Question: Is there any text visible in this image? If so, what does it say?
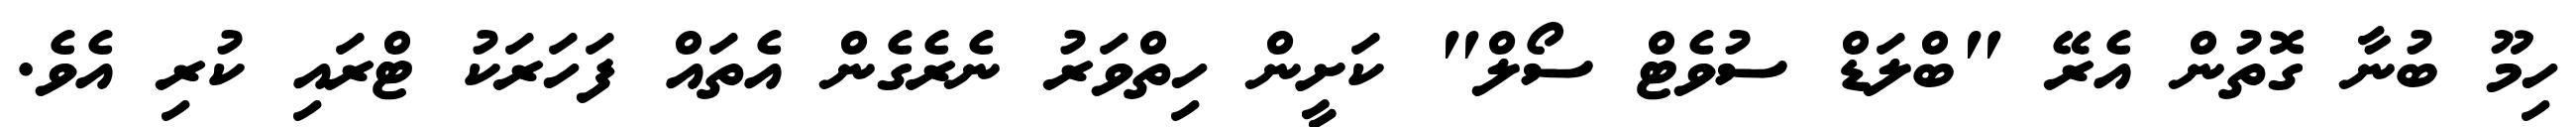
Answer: ހިމޫ ބުނާ ގޮތުން އެރޭ "ބްލަޑް ސުވެޓް ސޯލް" ކަށީން ހިތްވަރު ނެރެގެން އެތައް ފަހަރަކު ޓްރައި ކުރި އެވެ.